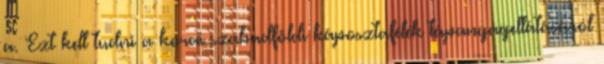
a. Ezt kell tudni a korai szabadföldi káposztafélék tápanyagellátásáról